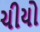
ચીયો